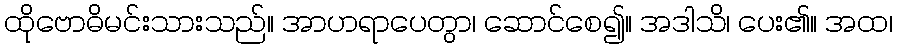
ထိုဗောဓိမင်းသားသည်။ အာဟရာပေတွာ၊ ဆောင်စေ၍။ အဒါသိ၊ ပေး၏။ အထ၊